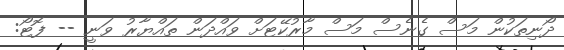
ދޯނިތަކުން މަސް ގެނެސް މަސް މާރުކޭޓަށް ވައްދަން ތައްޔާރު ވަނީ -- ފޮޓޯ: